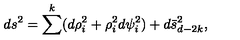
d s ^ { 2 } = \sum ^ { k } ( d \rho _ { i } ^ { 2 } + \rho _ { i } ^ { 2 } d \psi _ { i } ^ { 2 } ) + d \bar { s } _ { d - 2 k } ^ { 2 } ,